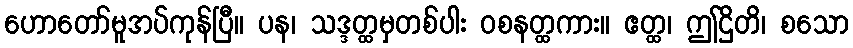
ဟောတော်မူအပ်ကုန်ပြီ။ ပန၊ သဒ္ဒတ္ထမှတစ်ပါး ဝစနတ္ထကား။ ဧတ္ထ၊ ဤဌိတိ၊ စသော